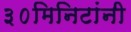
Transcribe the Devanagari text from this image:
३०मिनिटांनी